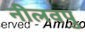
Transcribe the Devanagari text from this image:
नीलवपु